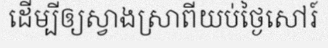
ដើម្បីឲ្យស្វាងស្រាពីយប់ថ្ងៃសៅរ៍